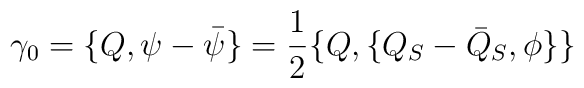
\gamma_0 = \{ Q , \psi - {\bar \psi} \} = \frac{1}{2} \{ Q ,\{ Q_S - {\bar Q}_S , \phi \} \}